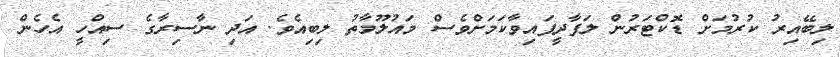
ލިބޭއިރު ކުރުމަށް ޑޮކްޓަރުން ލަފާދީފައިވާކަމަށްވެސް މައުލޫމާތު ލިބިއެވެ. އަދި ނާސިރާގެ ސިއްހީ އެހެން